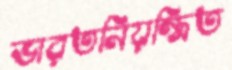
ভারতনিয়ন্ত্রিত